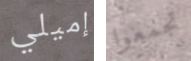
إميلي تجمعوا